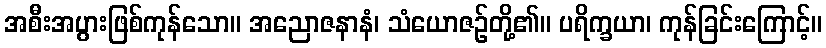
အစီးအပွားဖြစ်ကုန်သော။ အညောဇနာနံ၊ သံယောဇဉ်တို့၏။ ပရိက္ခယာ၊ ကုန်ခြင်းကြောင့်။